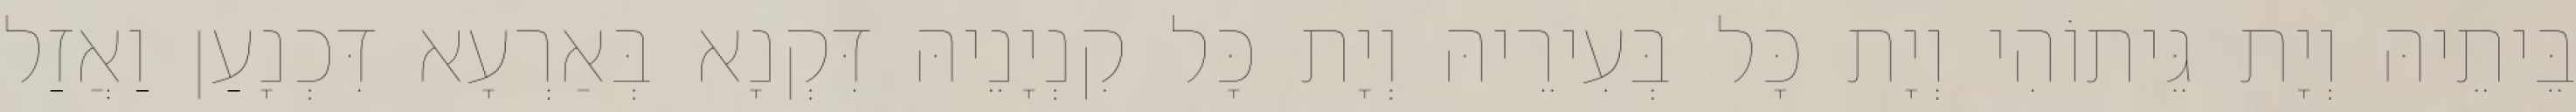
בֵּיתֵיהּ וְיָת גֵּיתוֹהִי וְיָת כָּל בְּעִירֵיהּ וְיָת כָּל קִנְיָנֵיהּ דִּקְנָא בְּאַרְעָא דִּכְנָעַן וַאֲזַל